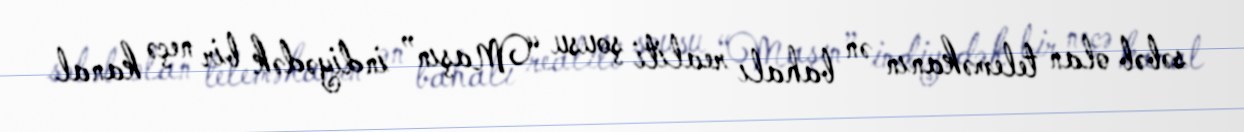
səbəb olan teleməkanın ən bahalı realiti şousu “Maşın” indiyədək bir neçə kanal